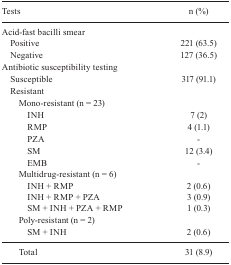
<table><thead><tr><td><b> Tests</b></td><td><b> n (%)</b></td></tr></thead><tbody><tr><td colspan="2"> Acid-fast bacilli smear</td></tr><tr><td> Positive</td><td>221 (63.5)</td></tr><tr><td> Negative</td><td>127 (36.5)</td></tr><tr><td colspan="2"> Antibiotic susceptibility testing</td></tr><tr><td> Susceptible</td><td>317 (91.1)</td></tr><tr><td colspan="2"> Resistant</td></tr><tr><td> Mono-resistant (n = 23)</td><td></td></tr><tr><td> INH</td><td>7 (2)</td></tr><tr><td> RMP</td><td>4 (1.1)</td></tr><tr><td> PZA</td><td>-</td></tr><tr><td> SM</td><td>12 (3.4)</td></tr><tr><td> EMB </td><td>-</td></tr><tr><td> Multidrug-resistant (n = 6)</td><td></td></tr><tr><td> INH + RMP INH + RMP + PZA SM + INH + PZA +RMP</td><td>2 (0.6) 3 (0.9) 1 (0.3)</td></tr><tr><td> Poly-resistant (n = 2)</td><td></td></tr><tr><td> SM + INH</td><td>2 (0.6)</td></tr><tr><td> Total </td><td>31 (8.9)</td></tr></tbody></table>